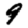
Digit: 9